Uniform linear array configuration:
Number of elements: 8
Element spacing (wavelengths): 1
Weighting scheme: cosine
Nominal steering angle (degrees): -15
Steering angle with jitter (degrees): -13.866
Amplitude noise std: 0.05
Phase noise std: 0.05

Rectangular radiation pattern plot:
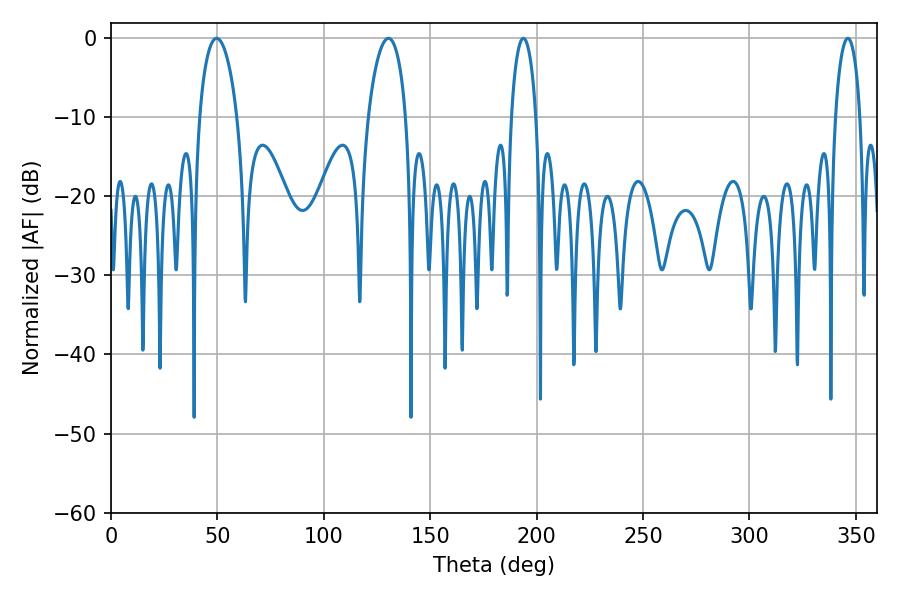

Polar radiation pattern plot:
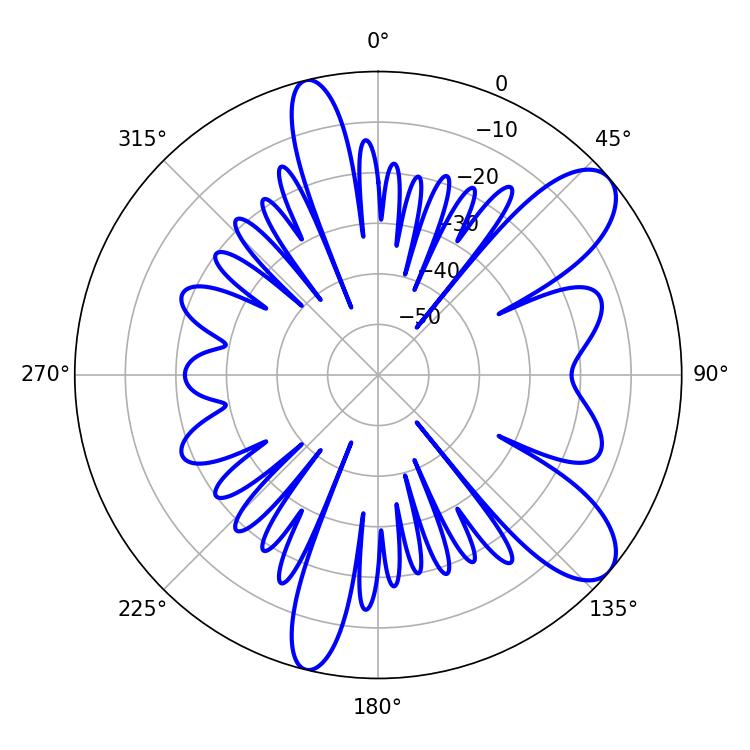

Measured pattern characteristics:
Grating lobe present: TRUE
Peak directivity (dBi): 9.298
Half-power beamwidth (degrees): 10.08
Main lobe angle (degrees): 49.68